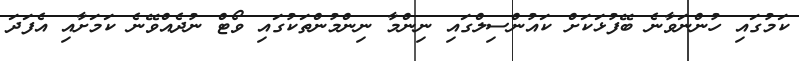
ކަމުގައި ހުންނަވާނެ ބޭފުޅަކަށް ކައުންސިލްގައި ނިންމާ ނިންމުންތަކުގައި ވޯޓް ނުދެއްވޭނެ ކަމަށާއި އެފަދަ